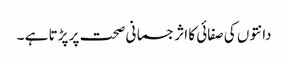
دانتوں کی صفائی کا اثر جسمانی صحت پر پڑتا ہے ۔